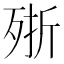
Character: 𣨋